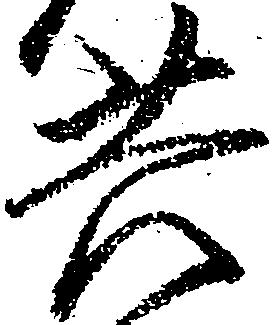
共